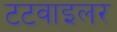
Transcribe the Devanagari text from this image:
टटवाइलर